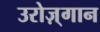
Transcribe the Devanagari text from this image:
उरोज़्गान